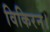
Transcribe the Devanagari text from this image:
विकिरन।